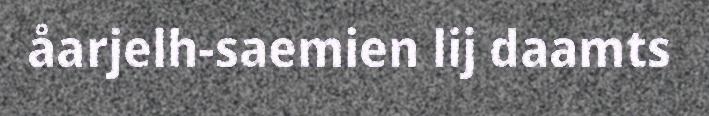
åarjelh-saemien lij daamts